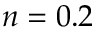
n = 0 . 2